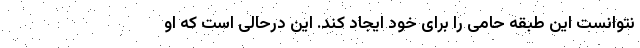
نتوانست این طبقه حامی را برای خود ایجاد کند. این درحالی است که او